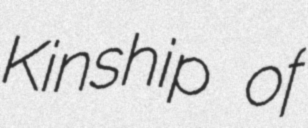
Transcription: Kinship of